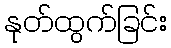
နုတ်ထွက်ခြင်း